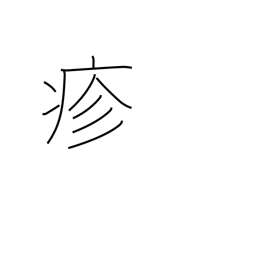
Meaning: sickness